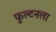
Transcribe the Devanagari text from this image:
फुल्टनला